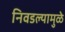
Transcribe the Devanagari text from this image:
निवडल्यामुळे